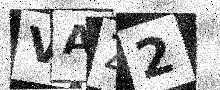
Text: VAZ2